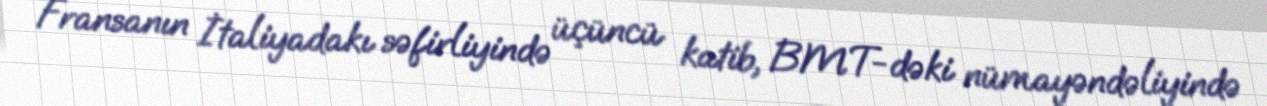
Fransanın İtaliyadakı səfirliyində üçüncü katib, BMT-dəki nümayəndəliyində